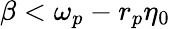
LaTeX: \beta<\omega_{p}-r_{p}\eta_{0}